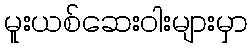
မူးယစ်ဆေးဝါးများမှာ